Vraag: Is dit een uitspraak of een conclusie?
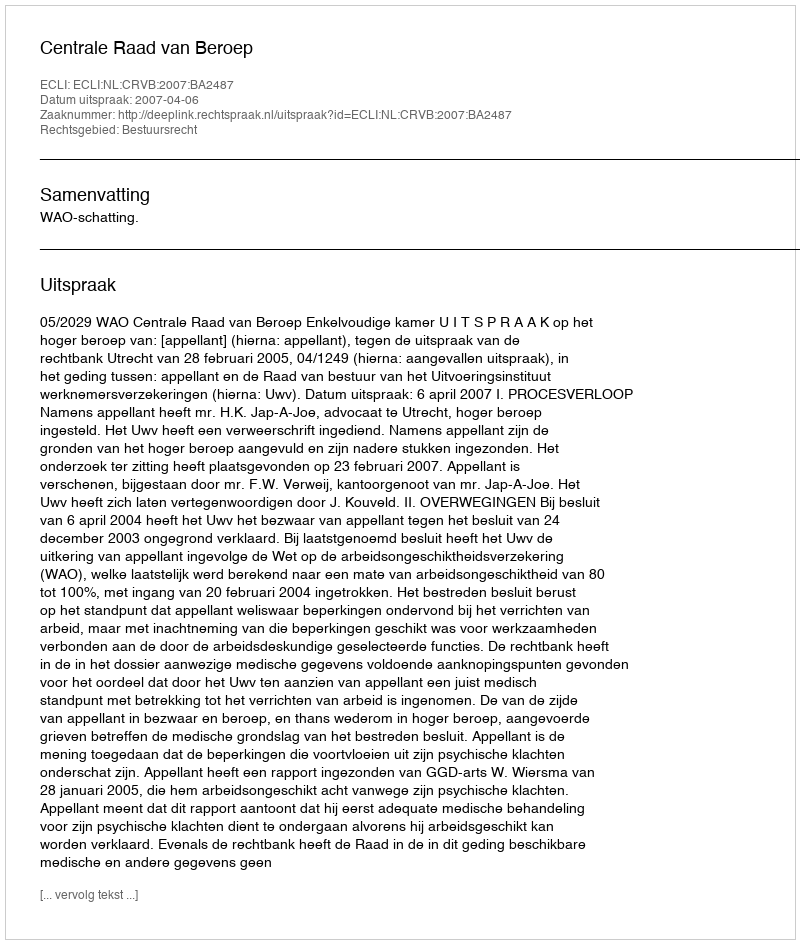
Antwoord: Uitspraak